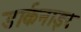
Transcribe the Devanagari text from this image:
डार्कनाइट